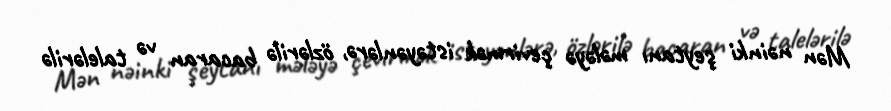
Mən nəinki şeytanı mələyə çevirmək istəyənlərə, özlərilə bacaran və talelərilə